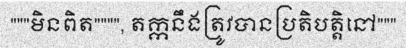
"""មិនពិត"""", តក្កនឹងត្រូវបានប្រតិបត្តិនៅ"""